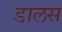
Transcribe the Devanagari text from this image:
डालस